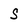
Character: S